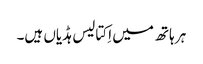
ہر ہاتھ میں اِکتالیس ہڈیاں ہیں۔